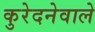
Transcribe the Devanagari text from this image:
कुरेदनेवाले